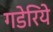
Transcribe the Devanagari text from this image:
गडेरिये